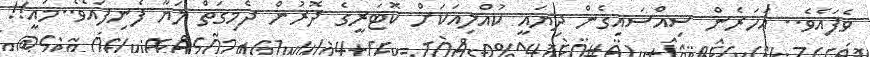
ވެފައެވެ.. އަހަރެން ސިއްސައިގެން ދިޔައީ ކުއްލިއަކަށް ކޮޓަރީގެ ދޮރުން ދެމިގަތް ލަޔާ ފެނިފައެވެ..މައީ!!